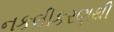
નકલીકરણથી